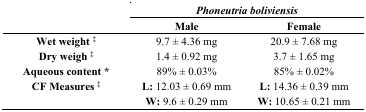
| <ROWSPAN=2>  | <COLSPAN=2> Phoneutria boliviensis |
 | Male | Female |
 | --- | --- | --- |
 | Wet weight ‡ | 9.7 ± 4.36 mg | 20.9 ± 7.68 mg |
 | Dry weigh ‡ | 1.4 ± 0.92 mg | 3.7 ± 1.65 mg |
 | Aqueous content * | 89% ± 0.03% | 85% ± 0.02% |
 | CF Measures ‡ | L: 12.03 ± 0.69 mm W: 9.6 ± 0.29 mm | L: 14.36 ± 0.39 mm W: 10.65 ± 0.21 mm |